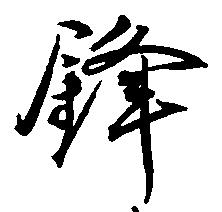
鋒